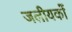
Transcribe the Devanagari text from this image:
जलीयकों